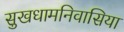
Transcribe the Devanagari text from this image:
सुखधामनिवासिया